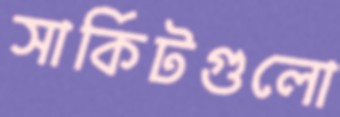
সার্কিটগুলো